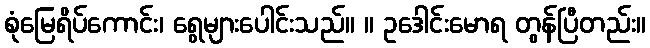
စုံမြေရိပ်ကောင်း၊ ရွေများပေါင်းသည်။ ။ ဥဒေါင်းမောရ တွန်ပြီတည်း။